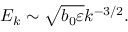
E _ { k } \sim \sqrt { b _ { 0 } \varepsilon } k ^ { - 3 / 2 } .